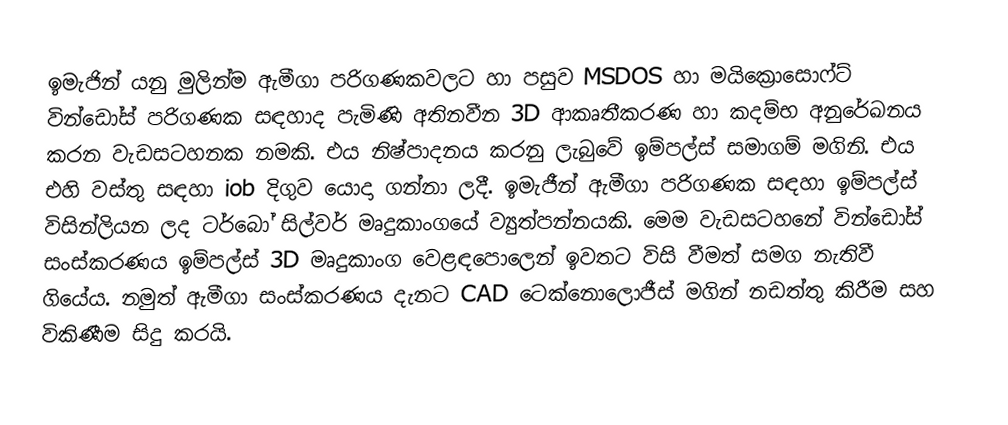
ඉමැජින් යනු මුලින්ම ඇමීගා පරිගණකවලට හා පසුව MSDOS හා මයික්‍රොසොෆ්ට් වින්ඩෝස් පරිගණක සඳහාද පැමිණි අතිනවීන 3D ආකෘතීකරණ හා කදම්භ අනුරේඛනය කරන වැඩසටහනක නමකි. එය නිෂ්පාදනය කරනු ලැබුවේ ඉම්පල්ස් සමාගම් මගිනි. එය එහි වස්තු සඳහා iob දිගුව යොදා ගන්නා ලදී. ඉමැජීන් ඇමීගා පරිගණක සඳහා ඉම්පල්ස් විසින්ලියන ලද ටර්බෝ සිල්වර් මෘදුකාංගයේ ව්‍යුත්පන්නයකි. මෙම වැඩසටහනේ වින්ඩෝස් සංස්කරණය ඉම්පල්ස් 3D මෘදුකාංග වෙළඳපොලෙන් ඉවතට විසි වීමත් සමග නැතිවී ගියේය. නමුත් ඇමීගා සංස්කරණය දැනට CAD ටෙක්නොලොජීස් මගින් නඩත්තු කිරීම සහ විකිණීම සිදු කරයි.